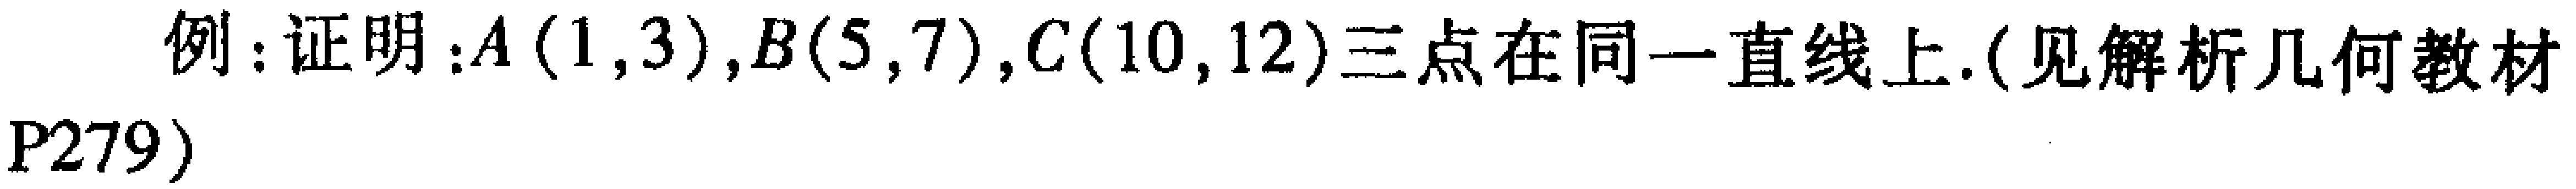
例：证明：$A(1,3),B(5,7),C(10,12)$三点在同一直线上.(见解析几何教材P279)